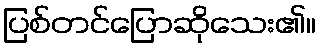
ပြစ်တင်ပြောဆိုသေး၏။